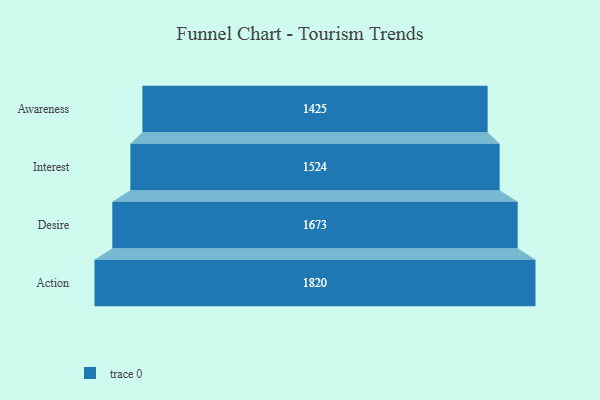
{"axis": {"x": "Stage", "y": "Value"}, "legend": [""], "data": [{"x": "Awareness", "y": 1425.0, "type": ""}, {"x": "Interest", "y": 1524.0, "type": ""}, {"x": "Desire", "y": 1673.0, "type": ""}, {"x": "Action", "y": 1820.0, "type": ""}]}